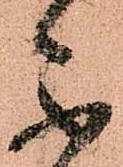
不